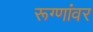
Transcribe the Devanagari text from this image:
रूग्णांवर